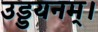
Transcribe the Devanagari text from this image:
उड्डयनम्।